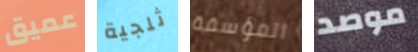
عميق ثلجية المؤسفة موصد